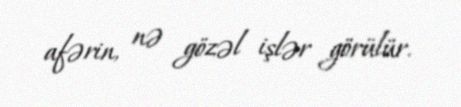
afərin, nə gözəl işlər görülür.